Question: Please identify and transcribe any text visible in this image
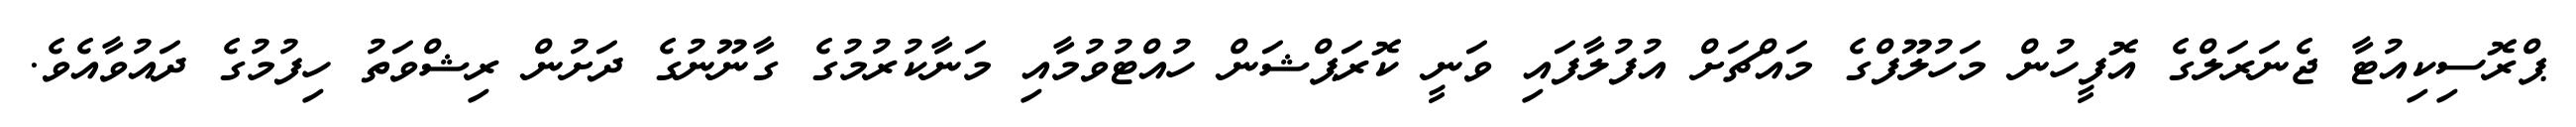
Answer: ޕްރޮސިކިއުޓާ ޖެނަރަލްގެ އޮފީހުން މަހުލޫފްގެ މައްޗަށް އުފުލާފައި ވަނީ ކޮރަޕްޝަން ހުއްޓުވުމާއި މަނާކުރުމުގެ ގާނޫނުގެ ދަށުން ރިޝްވަތު ހިފުމުގެ ދައުވާއެވެ.